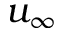
u _ { \infty }